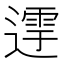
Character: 𨖛